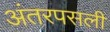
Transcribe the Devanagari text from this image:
अंतरपसली